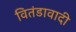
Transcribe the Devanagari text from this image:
वितंडावादी